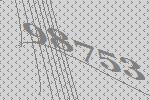
98753